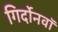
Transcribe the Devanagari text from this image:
गिर्दोनवाॅ